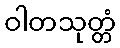
ဝါတသုတ္တံ